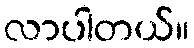
လာပါတယ်။